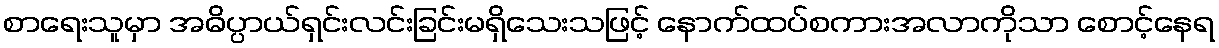
စာရေးသူမှာ အဓိပ္ပာယ်ရှင်းလင်းခြင်းမရှိသေးသဖြင့် နောက်ထပ်စကားအလာကိုသာ စောင့်နေရ